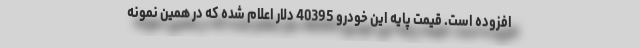
افزوده است. قیمت پایه این خودرو 40395 دلار اعلام شده که در همین نمونه